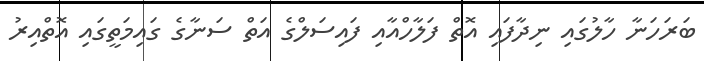
ބަރަހަނާ ހާލުގައި ނިދާފައި އޮތް ފަލާހްއާއި ފައިސަލްގެ އަތް ސަނާގެ ގައިމަތީގައި އޮތްއިރު